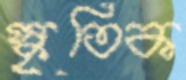
স্কৃতিক